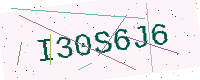
Text: I30S6J6